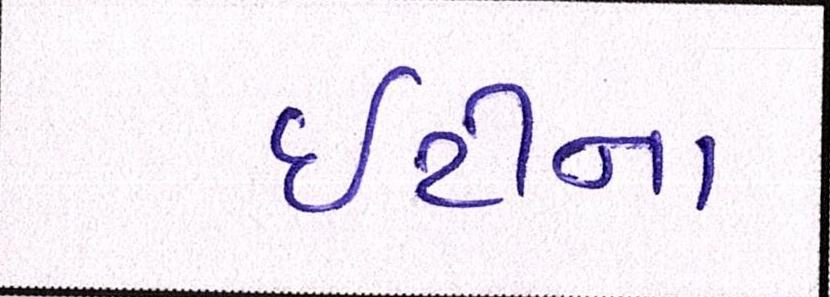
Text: ઇટીના